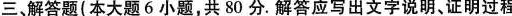
三、解答题(本大题6小题，共80分。解答应写出文字说明、证明过程